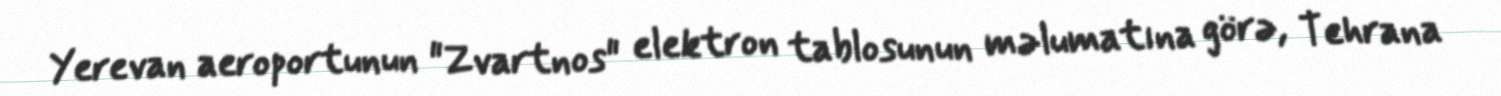
Yerevan aeroportunun "Zvartnos" elektron tablosunun məlumatına görə, Tehrana